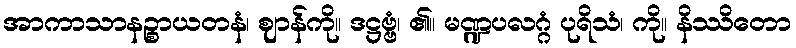
အာကာသာနဉ္စာယတနံ၊ ဈာန်ကို။ ဒဋ္ဌဗ္ဗံ၊ ၏။ မဏ္ဍပလဂ္ဂံ ပုရိသံ၊ ကို။ နိဿိတော